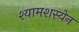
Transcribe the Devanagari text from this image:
श्यामशस्येन